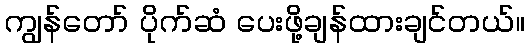
ကျွန်တော် ပိုက်ဆံ ပေးဖို့ချန်ထားချင်တယ်။